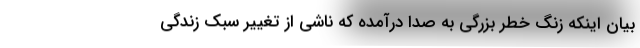
بیان اینکه زنگ خطر بزرگی به صدا درآمده که ناشی از تغییر سبک زندگی